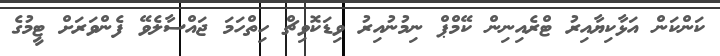
ކަންކަން އަޅާކިޔާއިރު ޓްރެއިނިން ކޭމްޕް ނިމުނުއިރު ވިޑަކޮވިޗް ހިތްހަމަ ޖައްސާލެވޭ ފެންވަރަށް ޓީމުގެ